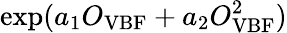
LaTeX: \exp(a_{1}O_{\mathrm{VBF}}+a_{2}O_{\mathrm{VBF}}^{2})